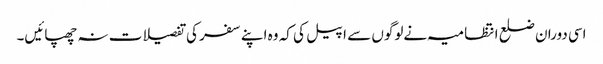
اسی دوران ضلع انتظامیہ نےلوگوں سے اپیل کی کہ وہ اپنے سفر کی تفصیلات نہ چھپائیں۔